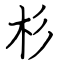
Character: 杉